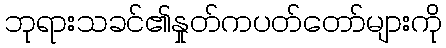
ဘုရားသခင်၏နှုတ်ကပတ်တော်များကို